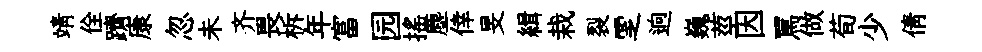
靖佺躋康忽未齐畏柝年富园搖塵倖旻緝栽裂覂逈巍莖因罵做荀少倩